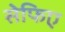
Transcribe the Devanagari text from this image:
सेफिए